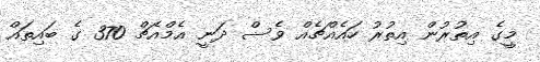
މީގެ އިތުރުން އިތުރު ހައެއްޗެއް ވެސް ދަނީ އެމްއެޗް 370 ގެ ބައިތައް